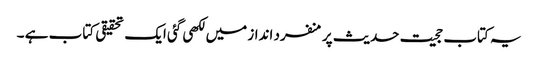
یہ کتاب حجیت حدیث پر منفرد انداز میں لکھی گئی ایک تحقیقی کتاب ہے ۔